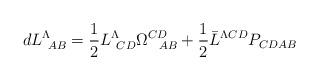
LaTeX: \begin{align*}dL^{\Lambda}_{\ AB} ={1 \over 2} L^{\Lambda}_{\ CD} \Omega^{CD}_{\ \ AB}+{1 \over 2}\bar L^{\Lambda CD} P_{CD AB}\end{align*}